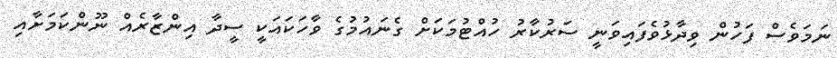
ނަމަވެސް ފަހުން ވިދާޅުވެފައިވަނީ ސަރުކާރު ހުއްޓުމަކަށް ގެނައުމުގެ ވާހަކައަކީ ސީދާ އިންޒާރެއް ނޫންކަމަށާއި